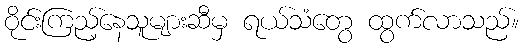
ဝိုင်းကြည့်နေသူများဆီမှ ရယ်သံတွေ ထွက်လာသည်။